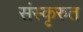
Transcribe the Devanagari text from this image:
संस्कृरुत